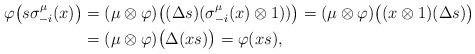
LaTeX: \begin{align*}\varphi\bigl(s\sigma^{\mu}_{-i}(x)\bigr)&=(\mu\otimes\varphi)\bigl((\Delta s)(\sigma^{\mu}_{-i}(x)\otimes1))\bigr)=(\mu\otimes\varphi)\bigl((x\otimes1)(\Delta s)\bigr) \\&=(\mu\otimes\varphi)\bigl(\Delta(xs)\bigr)=\varphi(xs),\end{align*}